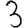
Digit: 3